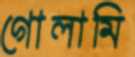
গোলামি